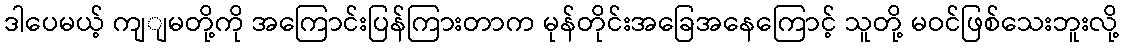
ဒါပေမယ့် ကျျမတို့ကို အကြောင်းပြန်ကြားတာက မုန်တိုင်းအခြေအနေကြောင့် သူတို့ မဝင်ဖြစ်သေးဘူးလို့